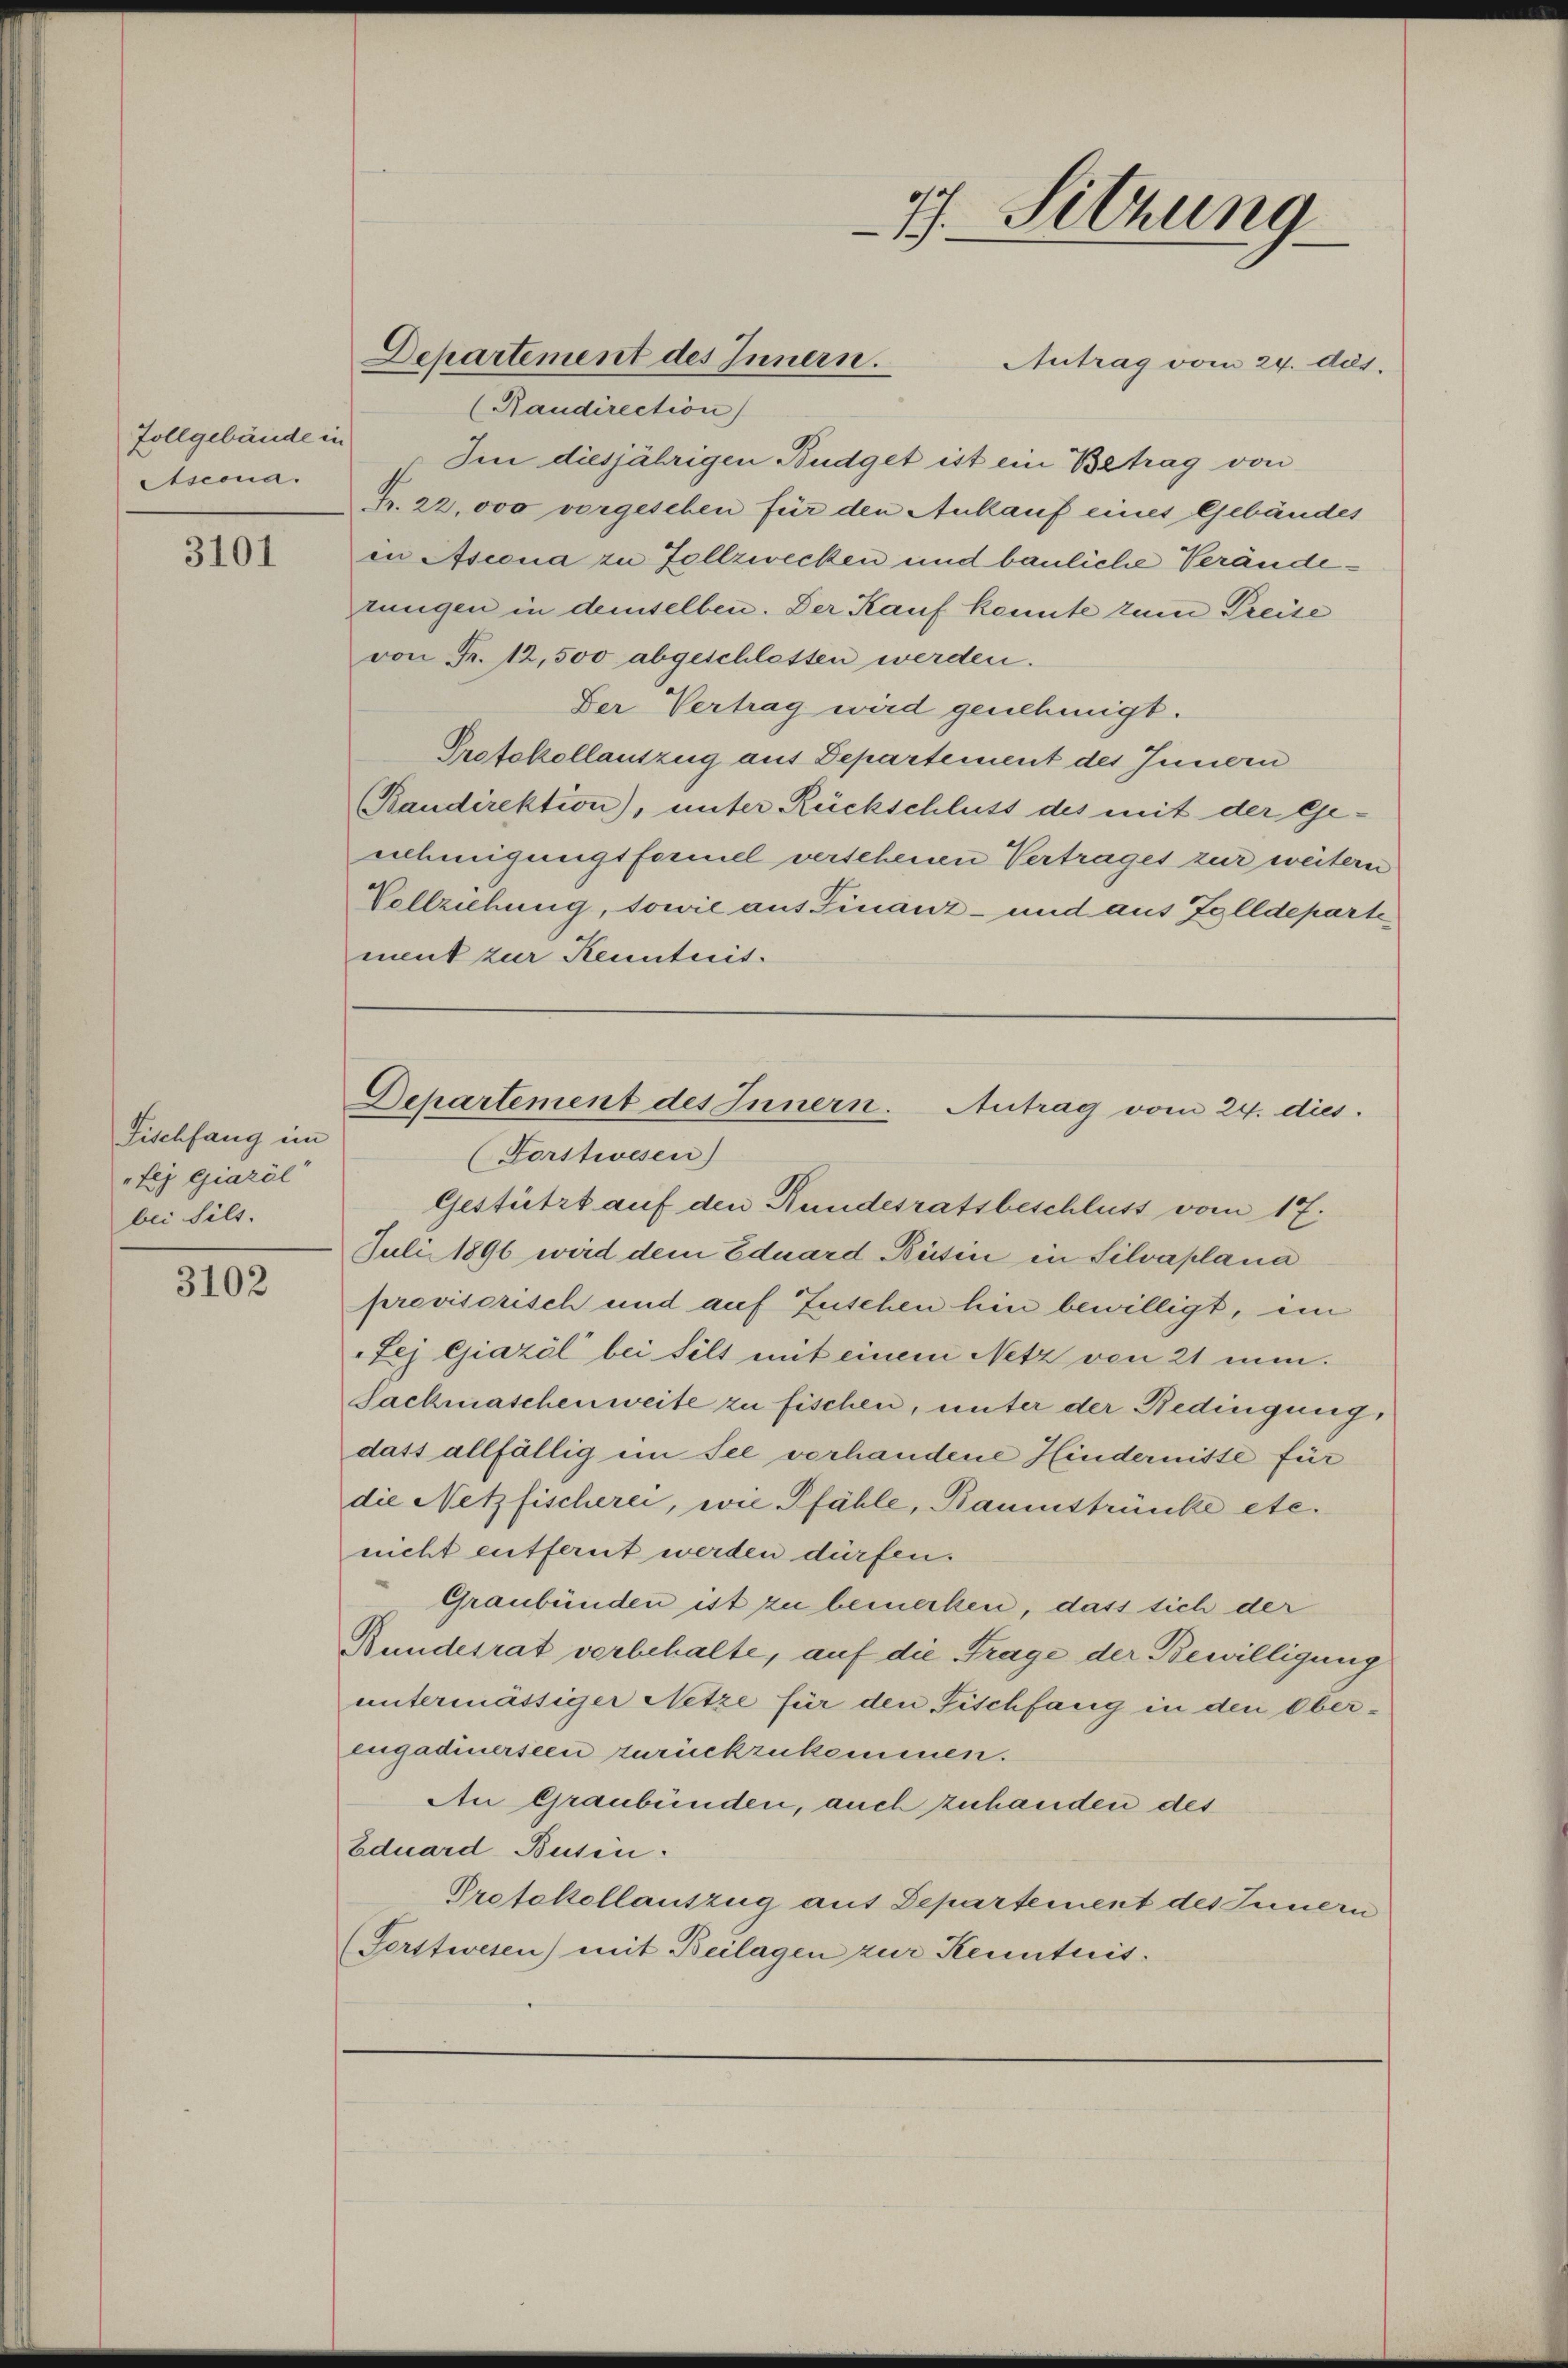
Zollgebäude in
Atscona.

3101

Fischfang im
fej Giazöl
bei Sils.

3102

Antrag vom 24. ds.
(Raudirection)
Im diesjährigen Budget ist ein Betrag von
Fr. 22,000 vorgesehen für den Ankauf eines Gebäudes
in Asiena zu Zellzwecken und bauliche Veränderungen in demselben. Der Kauf konnte zum Preise
von Fr. 12,500 abgeschlassen werden.
Der Vertrag wird genehmigt.
Protokollauszug aus Departement des Innern
Baudirektion), unter Rückschluss des mit der Ge-
nehmigungsformel versehenen Vertrages zur weitern
Vollziehung, sowie aus Finanz- und aus Zolldeparte
ment zur Kenntnis.

Departement des Innern.

Gestützt auf den Bundesratsbeschluss vom 17.
Juli 1896 wird dem Eduard Büsin in Silvaplana
provisorisch und auf Zuschen hin bewilligt, im
Sej Giazöl bei selt mit einem Netz von 21 min¬
Sackmaschenweite zu fischen, unter der Bedingung,
dass allfällig im See verhandene Hindernisse für
die Netzfischerei, wie Pfähle, Baumstrünke etc.
nicht entfernt werden dürfen.
Graubünden ist zu bemerken, dass sich der
Bundesrat verbehalte, auf die Frage der Bewilligung
untermässiger Netze für den Fischfang in den Oberengadinerseen zurückzukommen.
An Graubünden, auch zuhanden des
Eduard Busen.
Protokollauszug aus Departement des Innern
(Forstwesen) mit Beilagen zur Kenntnis.

77. Sitzung

Departement des Innern. Antrag vom 24. dies
(Forstwesen)